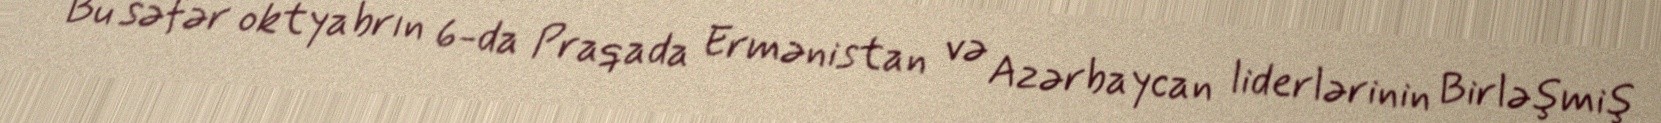
Bu səfər oktyabrın 6-da Praqada Ermənistan və Azərbaycan liderlərinin Birləşmiş